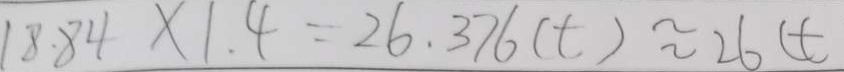
1 8 . 8 4 \times 1 . 4 = 2 6 . 3 7 6 ( t ) \approx 2 6 ( t